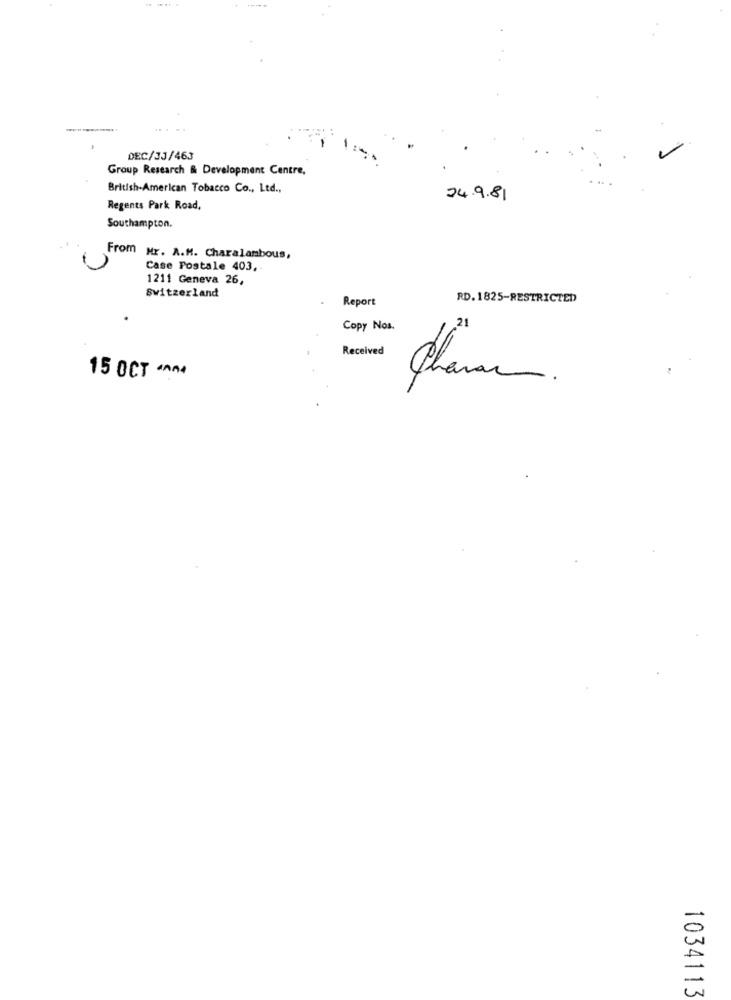
DEC/33/463
Group Research & Development Centre,
British-American Tobacco Co ., Ltd .,
24.9.81
Regents Park Road.
Southampton.
From Mr. A.M. Charalambous,
Case Postale 403,
1211 Geneva 26,
Switzerland
Report
RD. 1825-RESTRICTED
21
Copy Nos.
Received
15 OCT ^^^4
Chanac.
C
-
1034113